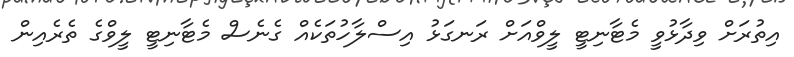
އިތުރަށް ވިދާޅުވީ މެޓާނިޓީ ލީވްއަށް ރަނގަޅު އިސްލާހުތަކެއް ގެނެސް މެޓާނިޓީ ލީވްގެ ތެރެއިން